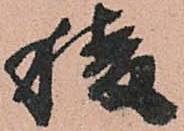
稜